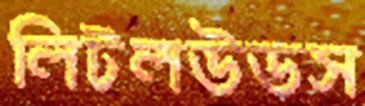
লিটলউডস